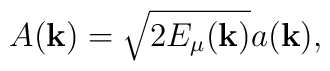
A({\bf k}) =  \sqrt{2E_\mu({\bf k})}  a({\bf k}),